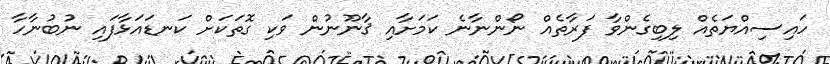
ހައިސިއްޔަތެއް ލިބިގެންވާ ފަރާތެއް ނޯންނާނެ ކަމަށާއި ޤާނޫނުން ވަކި ގޮތަކަށް ކަނޑައަޅާފައި ނުބުނާހާ